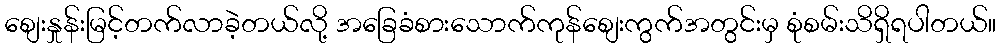
စျေးနှုန်းမြင့်တက်လာခဲ့တယ်လို့ အခြေခံစားသောက်ကုန်စျေးကွက်အတွင်းမှ စုံစမ်းသိရှိရပါတယ်။